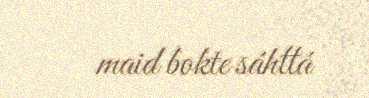
maid bokte sáhttá